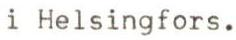
i Helsingfors.